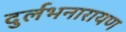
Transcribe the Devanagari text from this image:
दुर्लभनारायण